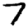
Digit: 7